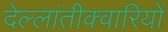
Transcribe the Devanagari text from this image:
देल्लांतीक्वारियों